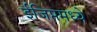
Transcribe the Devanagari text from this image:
ईजिप्तमध्ये